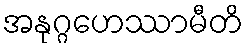
အနုဂ္ဂဟေဿာမီတိ